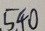
5 4 0